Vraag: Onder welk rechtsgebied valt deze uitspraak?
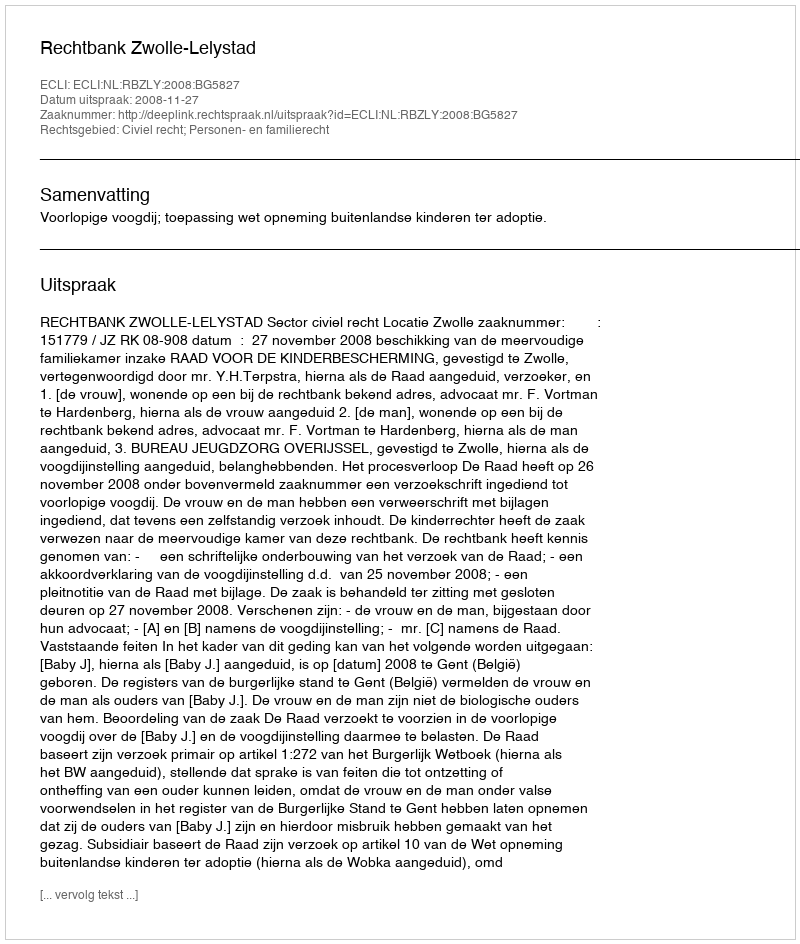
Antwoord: Civiel recht; Personen- en familierecht